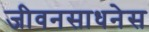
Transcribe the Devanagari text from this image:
जीवनसाधनेस